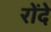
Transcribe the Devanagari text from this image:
रोंदे